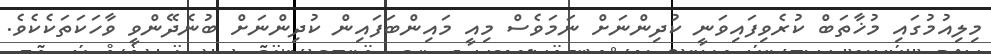
މިލިއުމުގައި މުޚާތަބް ކުރެވިފައިވަނީ ކުދިންނަށް ނަމަވެސް މިއީ މައިންބަފައިން ކުދިންނަށް ބުނެދޭންވީ ވާހަކަތަކެކެވެ.